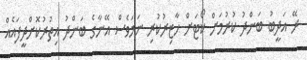
ރޭ އަދީބު ބަންދު ކުރުމަށް ކޯޓަށް ހާޒިރުކުރި ނަމަވެސް އޭނާގެ ބަންދު އިތުރުކޮށްދީފައެއް